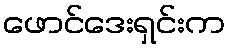
ဖောင်ဒေးရှင်းက